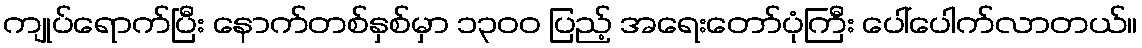
ကျုပ်ရောက်ပြီး နောက်တစ်နှစ်မှာ ၁၃၀၀ ပြည့် အရေးတော်ပုံကြီး ပေါ်ပေါက်လာတယ်။